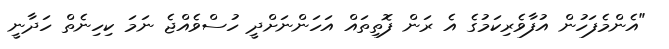
"އެންމެފަހުން އުފާވެރިކަމުގެ އެ ރަން ފޮތިތައް އަހަންނަށްދީ ހުސްވެއްޖެ ނަމަ ކިހިނެތް ހަދާނީ